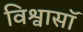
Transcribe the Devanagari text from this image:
विश्वासॉ